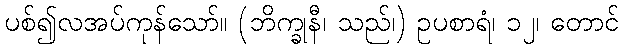
ပစ်၍လအပ်ကုန်သော်။ (ဘိက္ခုနီ၊ သည်၊) ဥပစာရံ၊ ၁၂၊ တောင်